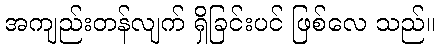
အကျည်းတန်လျက် ရှိခြင်းပင် ဖြစ်လေ သည်။